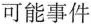
可能事件